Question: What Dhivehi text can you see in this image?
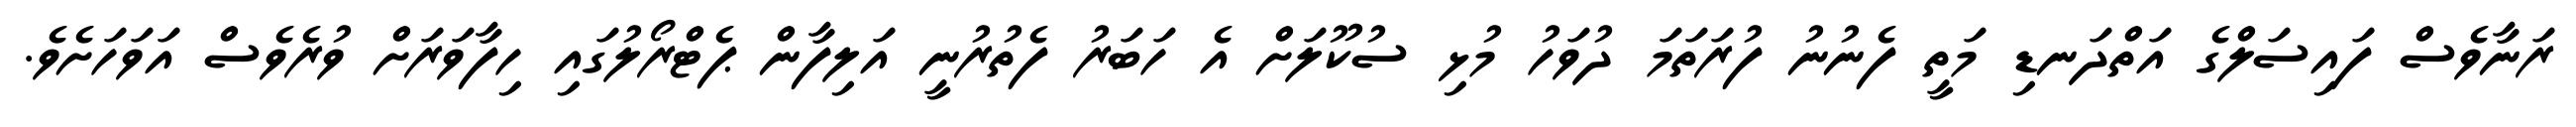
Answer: ރަނާވެސް ފައިސަލްގެ އަތްދަނޑި މަތީ ފެނުނު ފުރަތަމަ ދުވަހު މުޅި ސުކޫލަށް އެ ހަބަރު ފެތުރުނީ އަލިފާން ޕެޓްރޯލުގައި ހިފާވަރަށް ވުރެވެސް އަވަހަށެވެ.